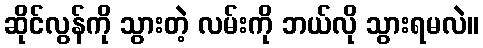
ဆိုင်လွန်ကို သွားတဲ့ လမ်းကို ဘယ်လို သွားရမလဲ။